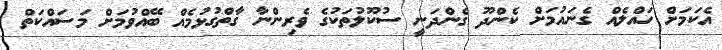
އެކަމަށް ހައްލެއް ގެނައުމަށް ކެންދޫ ގެންދަނީ ސުކޫލުތަކުގެ ވެރިންނާ ގާތްގުޅުމެއް ބޭއްވުމަށް މަސައްކަތް